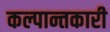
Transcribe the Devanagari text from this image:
कल्पान्तकारी